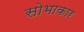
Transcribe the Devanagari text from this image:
सोभाकार